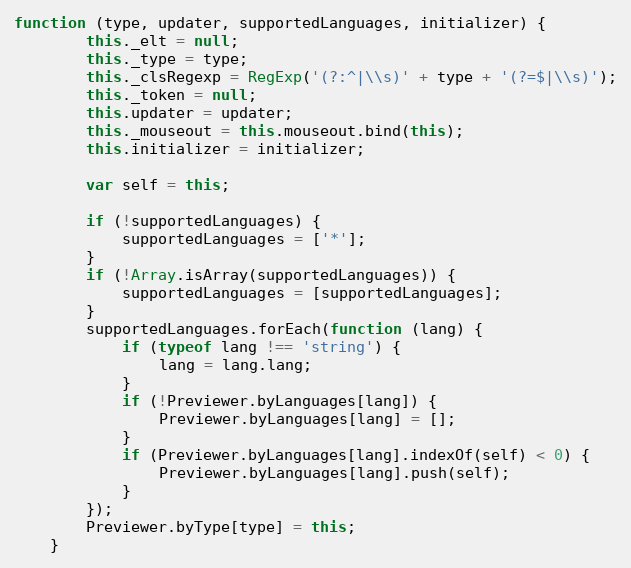
Language: JavaScript
function (type, updater, supportedLanguages, initializer) {
		this._elt = null;
		this._type = type;
		this._clsRegexp = RegExp('(?:^|\\s)' + type + '(?=$|\\s)');
		this._token = null;
		this.updater = updater;
		this._mouseout = this.mouseout.bind(this);
		this.initializer = initializer;

		var self = this;

		if (!supportedLanguages) {
			supportedLanguages = ['*'];
		}
		if (!Array.isArray(supportedLanguages)) {
			supportedLanguages = [supportedLanguages];
		}
		supportedLanguages.forEach(function (lang) {
			if (typeof lang !== 'string') {
				lang = lang.lang;
			}
			if (!Previewer.byLanguages[lang]) {
				Previewer.byLanguages[lang] = [];
			}
			if (Previewer.byLanguages[lang].indexOf(self) < 0) {
				Previewer.byLanguages[lang].push(self);
			}
		});
		Previewer.byType[type] = this;
	}